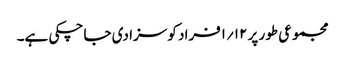
مجموعی طور پر ۱۲؍۱فراد کو سزا دی جا چکی ہے۔